Scottish Leaving Certificate Examination, 1957
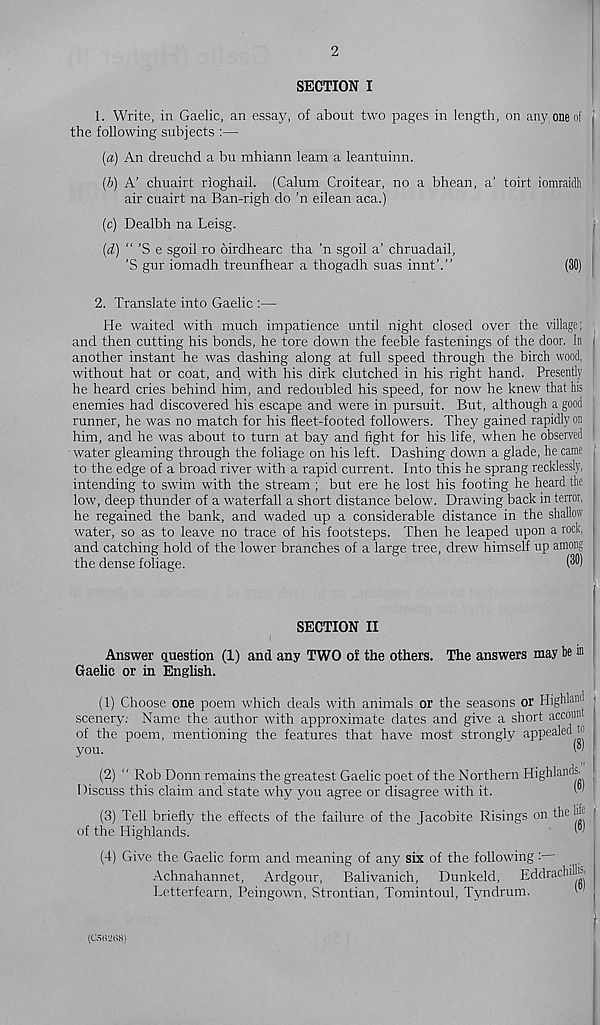
2
SECTION I
1. Write, in Gaelic, an essay, of about two pages in length, on any one of i
the following subjects :—
(a) An dreuchd a bu mhiann leam a leantuinn.
(b) A’ chuairt rioghail. (Calum Croitear, no a bhean, a’ toirt iomraidh
air cuairt na Ban-righ do 'n eilean aca.)
(c) Dealbh na Leisg.
(d) “ ’S e sgoil ro oirdhearc tha ’n sgoil a’ chruadail,
’S gur iomadh treunfhear a thogadh suas innt’.”
(30)
2. Translate into Gaelic :—
He waited with much impatience until night closed over the village;
and then cutting his bonds, he tore down the feeble fastenings of the door. In i
another instant he was dashing along at full speed through the birch wood,
without hat or coat, and with his dirk clutched in his right hand. Presently
he heard cries behind him, and redoubled his speed, for now he knew that his
enemies had discovered his escape and were in pursuit. But, although a good
runner, he was no match for his fleet-footed followers. They gained rapidly on
him, and he was about to turn at bay and fight for his life, when he observed
' water gleaming through the foliage on his left. Dashing down a glade, he came
to the edge of a broad river with a rapid current. Into this he sprang recklessly,
intending to swim with the stream ; but ere he lost his footing he heard the
low, deep thunder of a waterfall a short distance below. Drawing back in terror,
he regained the bank, and waded up a considerable distance in the shallow
water, so as to leave no trace of his footsteps. Then he leaped upon a rock, 1
and catching hold of the lower branches of a large tree, drew himself up among
the dense foliage.
W
SECTION II
Answer question (1) and any TWO of the others. The answers may he in
Gaelic or in Enghsh.
I
(1) Choose one poem which deals with animals or the seasons or Highland ,
scenery. Name the author with approximate dates and give a short account
of the poem, mentioning the features that have most strongly appealed to ,
you.
<?) '
(2) “ Rob Donn remains the greatest Gaelic poet of the Northern Highlands' |
Discuss this claim and state why you agree or disagree with it.
w
(3) Tell briefly the effects of the failure of the Jacobite Risings on the 1&
of the Highlands.
(4) Give the Gaelic form and meaning of any six of the following:
Achnahannet, Ardgour, Balivanich, Dunkeld, Eddrachilfc
Letterfearn, Peingown, Strontian, Tomintoul, Tyndrum.
'
(C5R2HS)